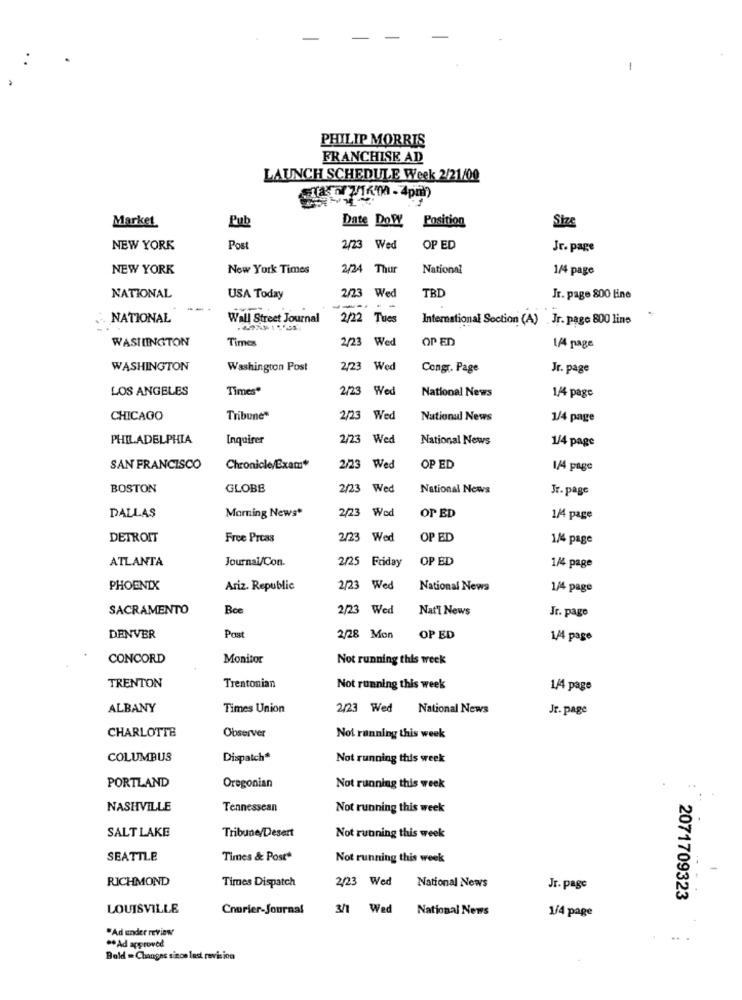
PHILIP MORRIS
FRANCHISE AD
LAUNCH SCHEDULE Week 2/21/00
4KM - 4pm)
Market
Pub
Date DoW
Position
Size
NEW YORK
Post
2/23 Wed
OP ED
Jr. page
NEW YORK
New York Times
2/24 Thur
National
1/4 page
NATIONAL
USA Today
2/23 Wed
TBD
Jr. page 800 Hne
NATIONAL
Wall Street Journal
2/22 Tues
International Section (A) Jr. page 800 line
WASHINGTON
Times
2/23 Wed
OP ED
1/4 page
WASHINGTON
Washington Post
2/23 Wed
Congr. Page
Jr. page
LOS ANGELES
Times"
2/23 Wed
National News
1/4 page
CHICAGO
Tribune*
2/23
Wed
National News
1/4 page
PHILADELPHIA
Inquirer
2/23
Wed
National News
1/4 page
SAN FRANCISCO
Chronicle/Exam*
2/23 Wed
OP ED
1/4 page
BOSTON
GLOBE
2/23 Wed
National News
Jr. page
DALLAS
Morning News*
2/23 Wed
Or ED
1/4 page
DETROIT
Free Prtas
2/23 Wed
OP ED
1/4 page
ATLANTA
Journal/Con.
2/25
Friday
OP ED
1/4 page
PHOENIX
Ariz. Republic
2/23 Wed
National News
1/4 page
SACRAMENTO
Bce
2/23 Wed
Nat'l News
Jr. pago
DENVER
Post
2/28 Mon
OP ED
1/4 page
CONCORD
Monitor
Not running this week
TRENTON
Trentonian
Not running this week
1/4 page
ALBANY
Times Union
2/23 Wed National News
Jr. page
CHARLOTTE
Observer
Not running this week
COLUMBUS
Dispatch*
Not running this week
PORTLAND
Oregonian
Not running this week
NASHVILLE
Tennessean
Not running this week
SALT LAKE
Tribune/Desert
Not running this week
SEATTLE
Times & Post*
Not running this week
RICHMOND
Times Dispatch
2/23 Wed
National News
Jr. page
2071709323
LOUISVILLE
Courier-Journal
3/1 Wed
National News
1/4 page
"Ad under review
..
** Ad approved
Bold = Changes since last revision